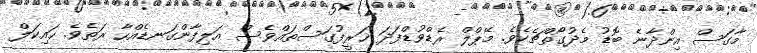
މާގަސް އިންދާނެ ބޮޑު މެދުގޯތްޗެކެވެ. މޭޕްލް ރެޑްވުޑްފަދަ ޚަރީފުގަސްތައްވެސް އަލިފާންގަނޑެއްހާ ރަތެވެ. ހައިކަލް